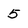
Character: 5